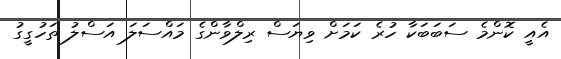
އެއީ ކޮންމެ ސަބަބަކާ ހުރެ ކަމަށް ވިޔަސް ރިލްވާންގެ މައްސަލަ އަސްލު ތަހުގީގު